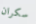
سكران